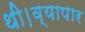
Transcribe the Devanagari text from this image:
थी।व्यापार